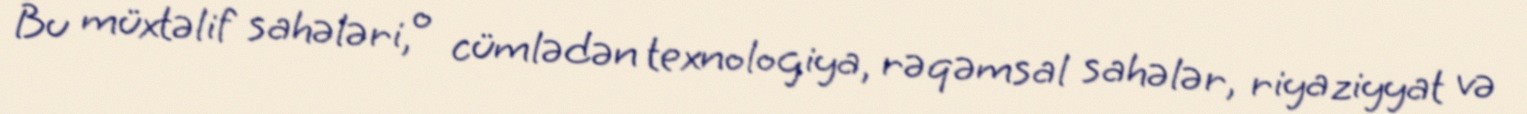
Bu müxtəlif sahələri, o cümlədən texnologiya, rəqəmsal sahələr, riyaziyyat və